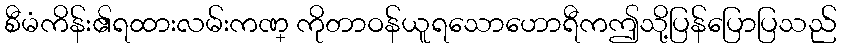
စီမံကိန်း၏ရထားလမ်းကဏ္ ကိုတာဝန်ယူရသောဟောရီကဤသို့ပြန်ပြောပြသည်